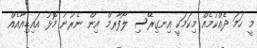
މީ ހަމަ ދެއްކުމެއް މިކަމަކީ އިނގިރޭސި ލޯފާރމް އިން ނެރުނު މޮޅު އައިޑިއާއެއް